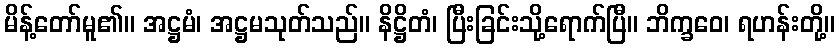
မိန့်တော်မူ၏။ အဋ္ဌမံ၊ အဋ္ဌမသုတ်သည်။ နိဋ္ဌိတံ၊ ပြီးခြင်းသို့ရောက်ပြီ။ ဘိက္ခဝေ၊ ရဟန်းတို့။